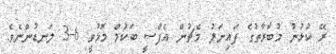
ރޭ ކުޅުނު މުބާރާތުގެ ފައިނަލު މެޗުން އެފްސީ ބަކުމް މޮޅުވީ 6-3 ލަނޑުންނެވެ.